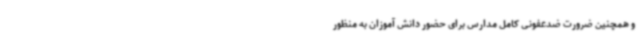
و همچنین ضرورت ضدعفونی کامل مدارس برای حضور دانش آموزان به منظور